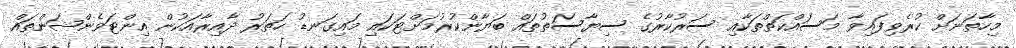
މިހާތަނަށް ކުރެވިފައިވާ މަސައްކަތްތަކާއި ސަރުކާރުގެ ސިޔާސަތުތައް ބަޔާންކުރުމަށްޓަކައި މައިގަނޑު ހަތަރު ދާއިރާއަކުން އިންޓަވެންޝަންތައް